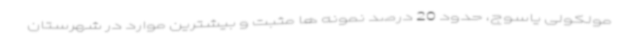
مولکولی یاسوج، حدود 20 درصد نمونه ها مثبت و بیشترین موارد در شهرستان